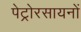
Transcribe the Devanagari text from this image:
पेट्रोरसायनों